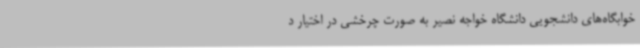
خوابگاه‌های دانشجویی دانشگاه خواجه نصیر به صورت چرخشی در اختیار د